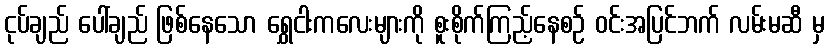
ငုပ်ချည် ပေါ်ချည် ဖြစ်နေသော ရွှေငါးကလေးများကို စူးစိုက်ကြည့်နေစဉ် ဝင်းအပြင်ဘက် လမ်းမဆီ မှ